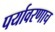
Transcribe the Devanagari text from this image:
पर्यावरणाच